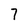
Character: 7